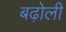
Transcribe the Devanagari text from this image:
बढ़ोली